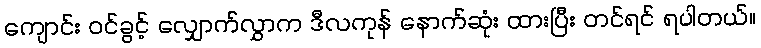
ကျောင်း ဝင်ခွင့် လျှောက်လွှာက ဒီလကုန် နောက်ဆုံး ထားပြီး တင်ရင် ရပါတယ်။